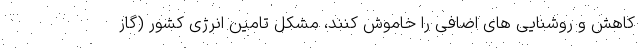
کاهش و روشنایی های اضافی را خاموش کنند، مشکل تامین انرژی کشور (گاز